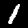
Label: 1